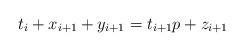
LaTeX: \begin{align*} t_{i} + x_{i+1} +y_{i+1} = t_{i+1} p + z_{i+1}\end{align*}